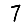
Digit: 7